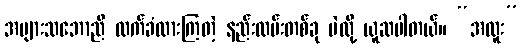
အများသဘောညီ လက်ခံထားကြတဲ့ နည်းလမ်းတစ်ခု ပဲလို့ ယူဆပါတယ်။ “အထူး”